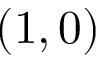
( 1 , 0 )